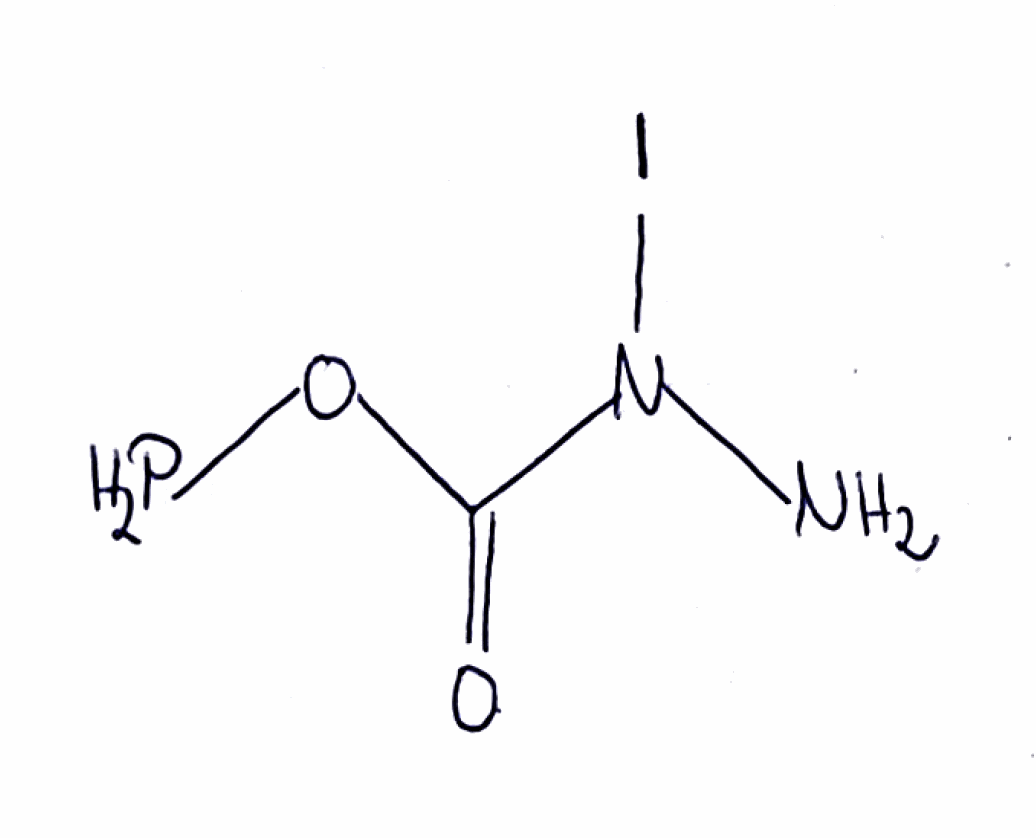
Simplified molecular-input line-entry system (SMILES) notation of the given molecule:
C(=O)(N(N)I)OP